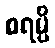
စရမ္ပိ